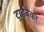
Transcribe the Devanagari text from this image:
ट्राईबेका